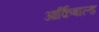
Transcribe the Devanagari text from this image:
आर्क़िबाल्ड